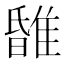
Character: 𨿹